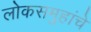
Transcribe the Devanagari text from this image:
लोकसमुहांचे